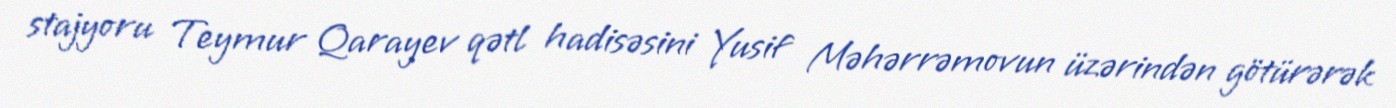
stajyoru Teymur Qarayev qətl hadisəsini Yusif Məhərrəmovun üzərindən götürərək